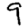
Digit: 9